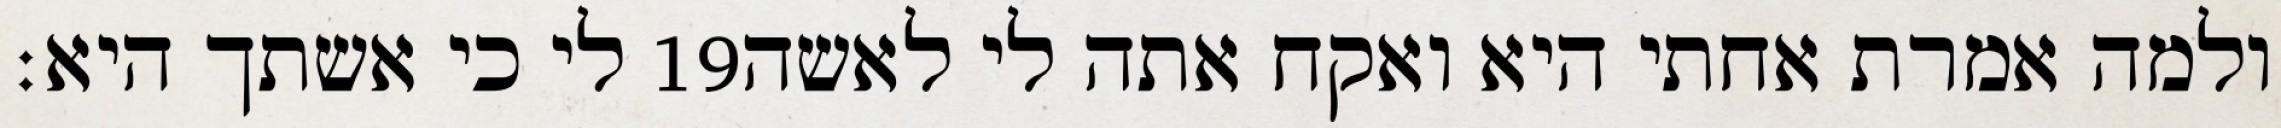
לי כי אשתך היא׃ ‎19‏ ולמה אמרת אחתי היא ואקח אתה לי לאשה